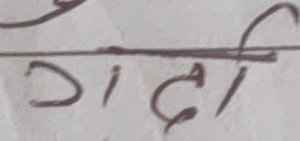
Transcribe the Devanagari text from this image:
गादी